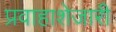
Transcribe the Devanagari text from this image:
प्रवाहाशेजारी